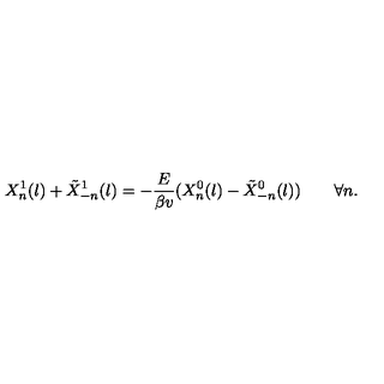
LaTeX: X _ { n } ^ { 1 } ( l ) + \tilde { X } _ { - n } ^ { 1 } ( l ) = - \frac { E } { \beta v } ( X _ { n } ^ { 0 } ( l ) - \tilde { X } _ { - n } ^ { 0 } ( l ) ) \quad \quad \forall n .